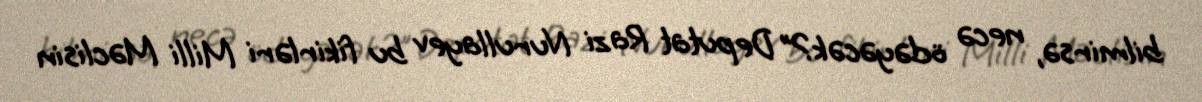
bilmirsə, necə ödəyəcək?” Deputat Razi Nurullayev bu fikirləri Milli Məclisin